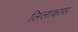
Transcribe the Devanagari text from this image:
लिलाकास